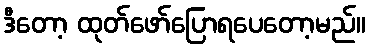
ဒီတော့ ထုတ်ဖော်ပြောရပေတော့မည်။